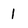
Character: i